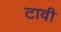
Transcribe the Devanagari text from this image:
टावी